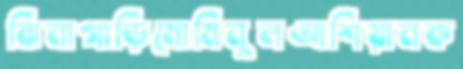
ঝিনাগাড়িমোমিনুলআশিয়ানক